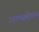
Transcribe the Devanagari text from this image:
आत्मप्रबोधन